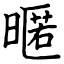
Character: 暱